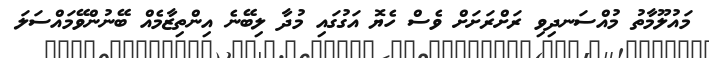
މައުލޫމާތު މުއްސަނދިވި ރަށްރަށަށް ވެސް ހެޔޮ އަގުގައި މުދާ ލިބޭނެ އިންތިޒާމެއް ބޭނުންވޭމައްސަލަ